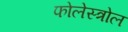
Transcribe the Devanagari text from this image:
फोलेस्त्रोल